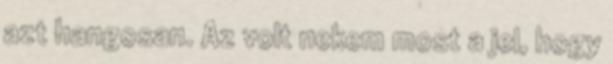
azt hangosan. Az volt nekem most a jel, hogy